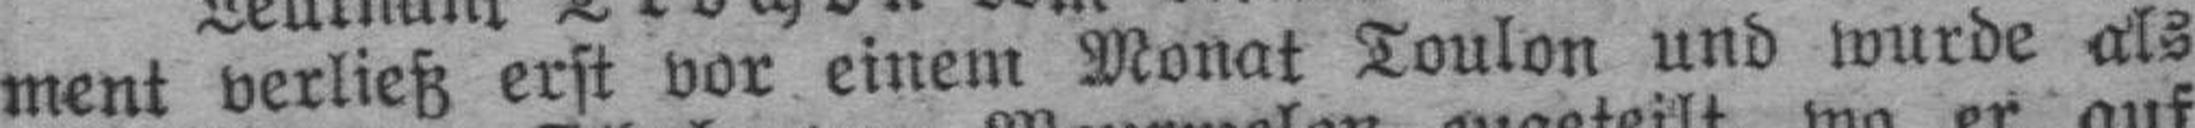
ment verließ erst vor einem Monat Toulon und wurde als